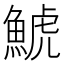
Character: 鯱